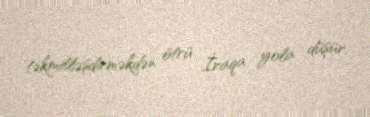
təkmilləşdirməkdən ötrü İraqa yola düşür.